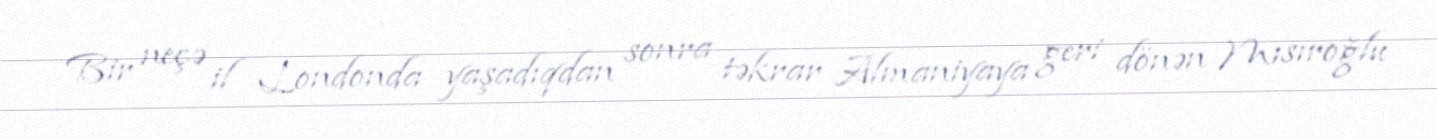
Bir neçə il Londonda yaşadıqdan sonra təkrar Almaniyaya geri dönən Mısıroğlu